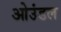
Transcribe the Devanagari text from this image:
ओउंडल